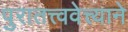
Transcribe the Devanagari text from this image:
पुरातत्त्ववेत्त्याने